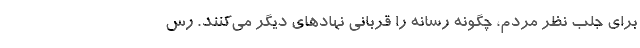
برای جلب نظر مردم، چگونه رسانه را قربانی نهادهای دیگر می‌کنند. رس